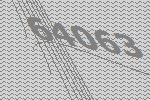
64063